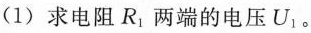
(1) 求电阻R_{1}两端的电压U_{1}。